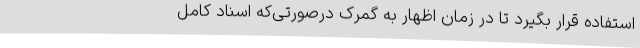
استفاده قرار بگیرد تا در زمان اظهار به گمرک درصورتی‌که اسناد کامل